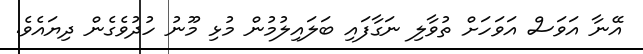
އޭނާ އަވަސް އަވަހަށް ތުވާލި ނަގާފައި ބަލައިލުމުން މުޅި މޫނު ހުދުވެގެން ދިޔައެވެ.